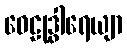
ဝေဠုဒွါရေယျာ